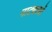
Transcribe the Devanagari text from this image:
नाट्यघरों